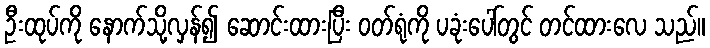
ဦးထုပ်ကို နောက်သို့လှန်၍ ဆောင်းထားပြီး ဝတ်ရုံကို ပခုံးပေါ်တွင် တင်ထားလေ သည်။